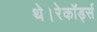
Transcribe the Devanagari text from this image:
थे।रेकॉर्ड्स